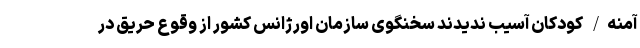
آمنه/ کودکان آسیب ندیدند سخنگوی سازمان اورژانس کشور از وقوع حریق در